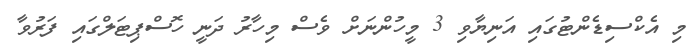
މި އެކްސިޑެންޓުގައި އަނިޔާވި 3 މީހުންނަށް ވެސް މިހާރު ދަނީ ހޮސްޕިޓަލްގައި ފަރުވާ